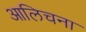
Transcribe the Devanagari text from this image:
आलिचना